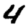
Digit: 4